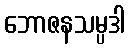
ဘောဇနသမ္ပဒါ